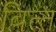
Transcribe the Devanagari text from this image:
बित्‍त